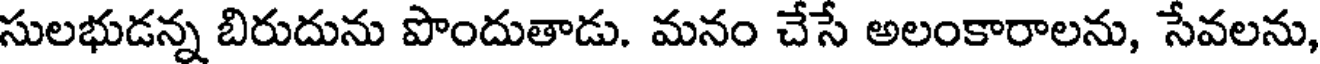
సులభుడన్న బిరుదును పొందుతాడు. మనం చేసే అలంకారాలను, సేవలను,